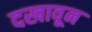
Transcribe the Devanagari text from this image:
दखावून